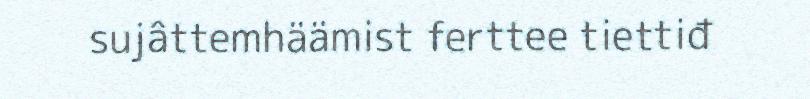
sujâttemhäämist ferttee tiettiđ